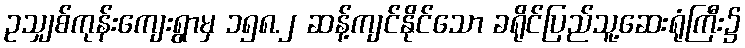
ဥသျှစ်ကုန်းကျေးရွာမှ ၁၅၈.၂ ဆန့်ကျင်နိုင်သော ခရိုင်ပြည်သူ့ဆေးရုံကြီး၌